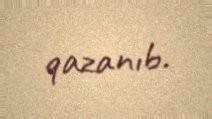
qazanıb.